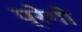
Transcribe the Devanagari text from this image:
प्रेगो